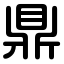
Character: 鼎